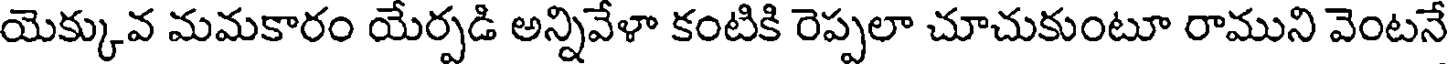
యెక్కువ మమకారం యేర్పడి అన్నివేళా కంటికి రెప్పలా చూచుకుంటూ రాముని వెంటనే